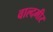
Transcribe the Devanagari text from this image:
वाल्दमीर